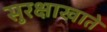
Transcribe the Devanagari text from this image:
सुरक्षाखाते